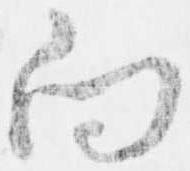
向